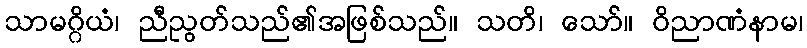
သာမဂ္ဂိယံ၊ ညီညွတ်သည်၏အဖြစ်သည်။ သတိ၊ သော်။ ဝိညာဏံနာမ၊